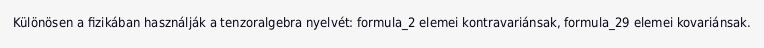
Különösen a fizikában használják a tenzoralgebra nyelvét: formula_2 elemei kontravariánsak, formula_29 elemei kovariánsak.